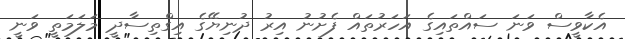
އެކާވީސް ވަނަ ސައްތައިގެ އަހަރުތައް ފެށުނު އިރު ދުނިޔޭގެ އިގްތިސާދީ މަލަމަތީ ވަނީ